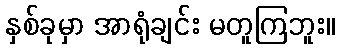
နှစ်ခုမှာ အာရုံချင်း မတူကြဘူး။